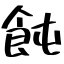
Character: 飩